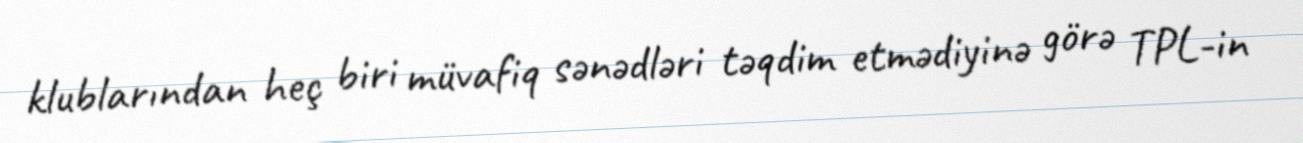
klublarından heç biri müvafiq sənədləri təqdim etmədiyinə görə TPL-in